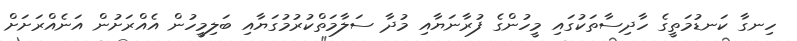
ހިނގާ ކަނޑުމަތީގެ ހާދިސާތަކުގައި މީހުންގެ ފުރާނަޔާއި މުދާ ސަލާމަތްކުރުމުގަޔާއި ބަލިމީހުން އެއްރަށުން އަނެއްރަށަށް